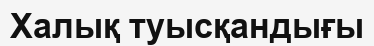
Халық туысқандығы